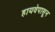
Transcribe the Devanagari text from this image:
हायवेपासून